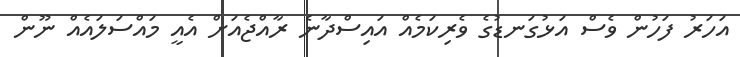
އަހަރު ފަހުން ވެސް އަޅުގަނޑުގެ ވެރިކަމެއް އައިސްދާނެ ރާއްޖެއަށް އެއީ މައްސަލައެއް ނޫން